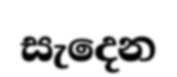
සැදෙන